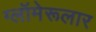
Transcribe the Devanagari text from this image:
ग्लॉमेरूलार